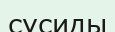
сусиды